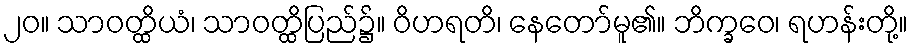
၂၀။ သာဝတ္ထိယံ၊ သာဝတ္ထိပြည်၌။ ဝိဟရတိ၊ နေတော်မူ၏။ ဘိက္ခဝေ၊ ရဟန်းတို့။